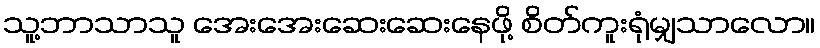
သူ့ဘာသာသူ အေးအေးဆေးဆေးနေဖို့ စိတ်ကူးရုံမျှသာလော။